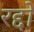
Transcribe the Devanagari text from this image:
रद्दो